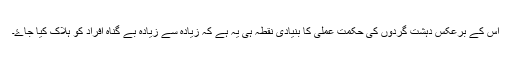
اس کے برعکس دہشت گردوں کی حکمت عملی کا بنيادی نقطہ ہی يہ ہے کہ زيادہ سے زيادہ بے گناہ افراد کو ہلاک کيا جاۓ۔